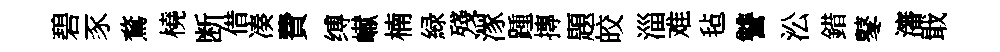
碧豕鶩橈断借凑費缚𪩘楠緑殘潈踵摶題皎淄难毡讐㳂錯鼕瀋戢